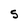
Character: S